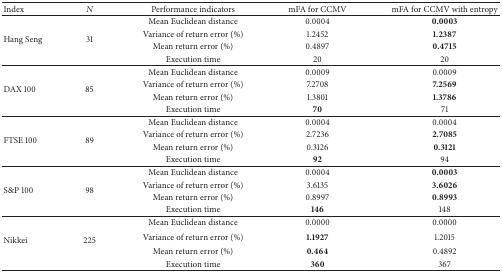
<table><thead><tr><td><b> Index </b></td><td><b><i>N</i></b></td><td><b> Performance indicators </b></td><td><b> mFA for CCMV </b></td><td><b> mFA for CCMV with entropy </b></td></tr></thead><tbody><tr><td rowspan="4">Hang Seng </td><td rowspan="4">31 </td><td> Mean Euclidean distance </td><td>0.0004 </td><td><b>0.0003</b></td></tr><tr><td>Variance of return error (%) </td><td>1.2452 </td><td><b>1.2387</b></td></tr><tr><td>Mean return error (%) </td><td>0.4897 </td><td><b>0.4715</b></td></tr><tr><td>Execution time </td><td>20 </td><td>20</td></tr><tr><td rowspan="4">DAX 100 </td><td rowspan="4">85 </td><td>Mean Euclidean distance </td><td>0.0009 </td><td> 0.0009 </td></tr><tr><td>Variance of return error (%) </td><td>7.2708 </td><td><b>7.2569</b></td></tr><tr><td>Mean return error (%) </td><td> 1.3801 </td><td><b>1.3786</b></td></tr><tr><td>Execution time </td><td><b>70</b></td><td>71</td></tr><tr><td rowspan="4">FTSE 100 </td><td rowspan="4">89 </td><td>Mean Euclidean distance </td><td>0.0004 </td><td> 0.0004 </td></tr><tr><td>Variance of return error (%) </td><td>2.7236 </td><td><b>2.7085</b></td></tr><tr><td>Mean return error (%) </td><td> 0.3126 </td><td><b>0.3121</b></td></tr><tr><td>Execution time </td><td><b>92</b></td><td>94</td></tr><tr><td rowspan="4">S&amp;P 100 </td><td rowspan="4">98 </td><td>Mean Euclidean distance </td><td>0.0004 </td><td><b>0.0003</b></td></tr><tr><td>Variance of return error (%) </td><td>3.6135 </td><td><b>3.6026</b></td></tr><tr><td>Mean return error (%)</td><td>0.8997 </td><td><b>0.8993</b></td></tr><tr><td>Execution time </td><td><b>146</b></td><td>148 </td></tr><tr><td rowspan="4">Nikkei </td><td rowspan="4">225 </td><td>Mean Euclidean distance </td><td>0.0000 </td><td> 0.0000 </td></tr><tr><td>Variance of return error (%) </td><td><b>1.1927</b></td><td>1.2015 </td></tr><tr><td>Mean return error (%) </td><td><b>0.464</b></td><td>0.4892 </td></tr><tr><td>Execution time </td><td><b>360</b></td><td>367 </td></tr></tbody></table>